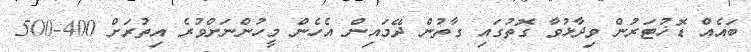
ބައެއް ޑޮޚުޓަރުން ވިދާޅުވާ ގޮތުގައި ގާތުން ދޭމައިން އެހެން މީހުންނަށްވުރެ އިތުރަށް 400-500